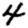
Digit: 4